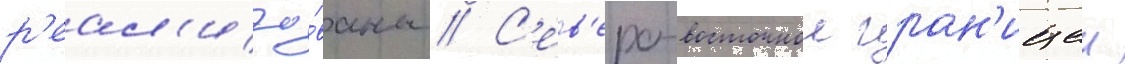
р'еал'изо́ваны // С'ев'еро-восточнои гран'ицеи